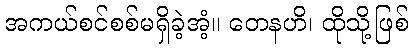
အကယ်စင်စစ်မရှိခဲ့အံ့။ တေနဟိ၊ ထိုသို့ဖြစ်